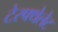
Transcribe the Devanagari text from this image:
टेरफ्थेलेट